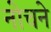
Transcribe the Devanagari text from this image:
नोचने